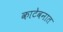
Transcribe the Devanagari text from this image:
काटेवनात